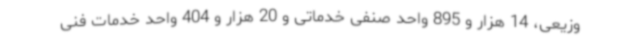
وزیعی، 14 هزار و 895 واحد صنفی خدماتی و 20 هزار و 404 واحد خدمات فنی